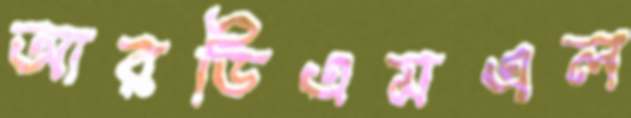
আরডিএমএল